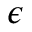
\epsilon